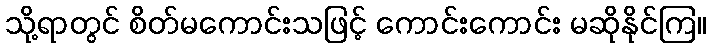
သို့ရာတွင် စိတ်မကောင်းသဖြင့် ကောင်းကောင်း မဆိုနိုင်ကြ။